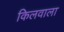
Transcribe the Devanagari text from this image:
किलवाला